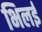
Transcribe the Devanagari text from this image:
भिलई